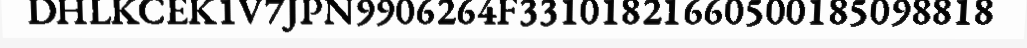
DHLKCEK1V7JPN9906264F33101821660500185098818